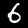
Digit: 6